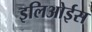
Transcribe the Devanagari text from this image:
इलिओईस